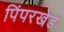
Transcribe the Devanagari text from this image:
पिंपरखेड